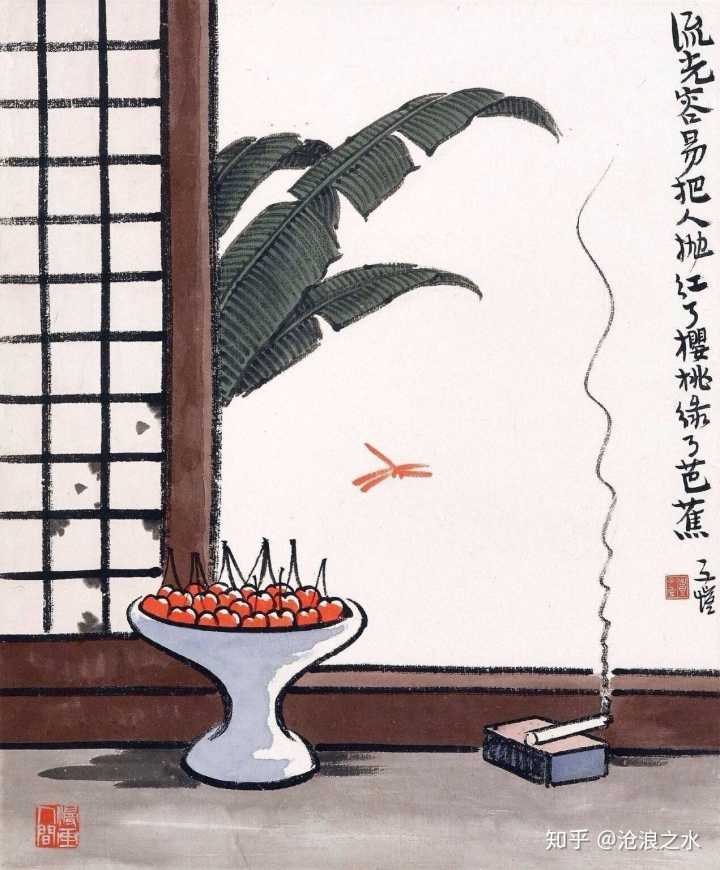
拨雪寻春，烧灯续昼。